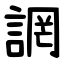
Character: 誷